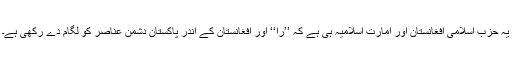
یہ حزبِ اسلامی افغانستان اور امارتِ اسلامیہ ہی ہے کہ ’’را‘‘ اور افغانستان کے اندر پاکستان دشمن عناصر کو لگام دے رکھی ہے۔